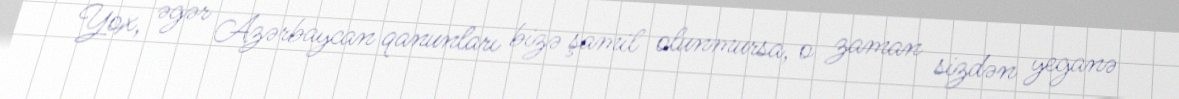
Yox, əgər Azərbaycan qanunları bizə şamil olunmursa, o zaman sizdən yeganə